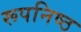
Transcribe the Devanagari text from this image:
रूपनिष्ठ